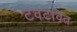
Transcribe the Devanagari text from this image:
टवटवित